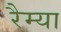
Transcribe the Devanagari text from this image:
रैम्या